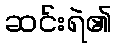
ဆင်းရဲ၏